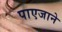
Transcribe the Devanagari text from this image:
पाएजाने